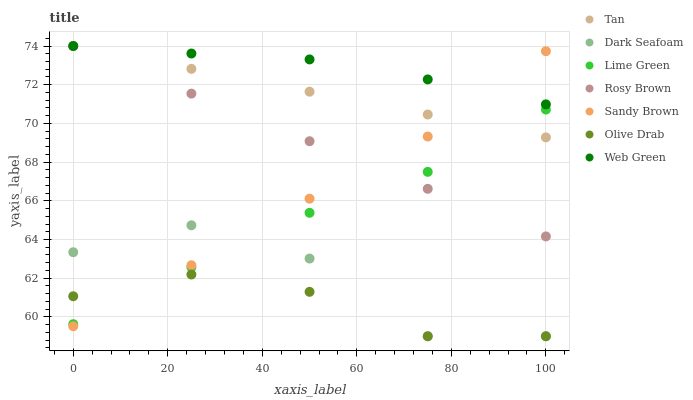
| xaxis_label | Tan | Dark Seafoam | Lime Green | Rosy Brown | Sandy Brown | Olive Drab | Web Green |
 | --- | --- | --- | --- | --- | --- | --- | --- |
 | 0 | 74 | 63.3 | 59.6 | 74 | 59.5 | 61.1 | 74 |
 | 25 | 72.8 | 64.7 | 62.6 | 71.5 | 62.7 | 62.2 | 73.6 |
 | 50 | 71.6 | 63 | 65.4 | 69.1 | 66.1 | 61.3 | 73.3 |
 | 75 | 70.5 | 59 | 67.5 | 66.6 | 69.3 | 59 | 72.3 |
 | 100 | 69.3 | 59 | 70.7 | 64.2 | 73.7 | 59 | 71 |